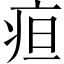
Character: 疸